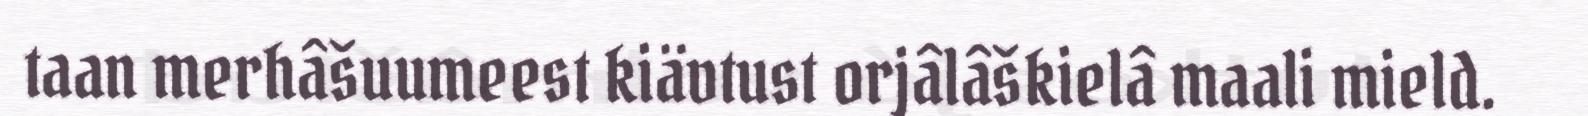
taan merhâšuumeest kiävtust orjâlâškielâ maali mield.